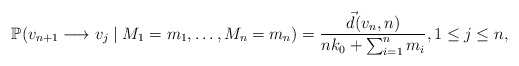
\begin{align*}\mathbb{P}(v_{n+1} \longrightarrow v_j\mid M_1=m_1,\dots,M_n=m_n) = \frac{\vec d(v_n,n)}{nk_0+\sum_{i=1}^{n} m_i}, 1\leq j\leq n,\end{align*}